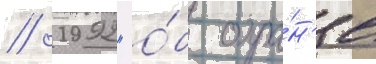
// 1992 "о́б охра́н'е